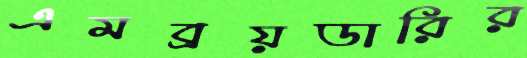
এমব্রয়ডারির